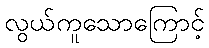
လွယ်ကူသောကြောင့်